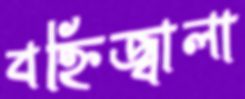
বহ্নিজ্বালা